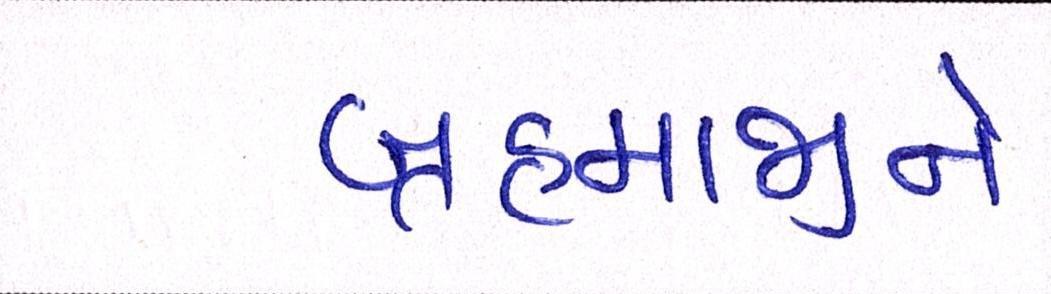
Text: બ્રહ્માજીને